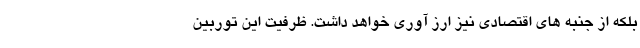
بلکه از جنبه های اقتصادی نیز ارز آوری خواهد داشت. ظرفیت این توربین